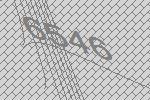
6546